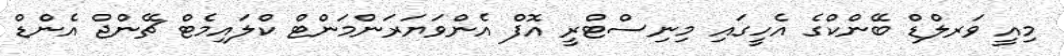
މިއީ ވަރލްޑް ބޭންކްގެ އެހީގައި މިނިސްޓްރީ އޮފް އެންވަޔަރަންމަންޓް ކްލައިމެޓް ޗޭންޖް އެންޑް